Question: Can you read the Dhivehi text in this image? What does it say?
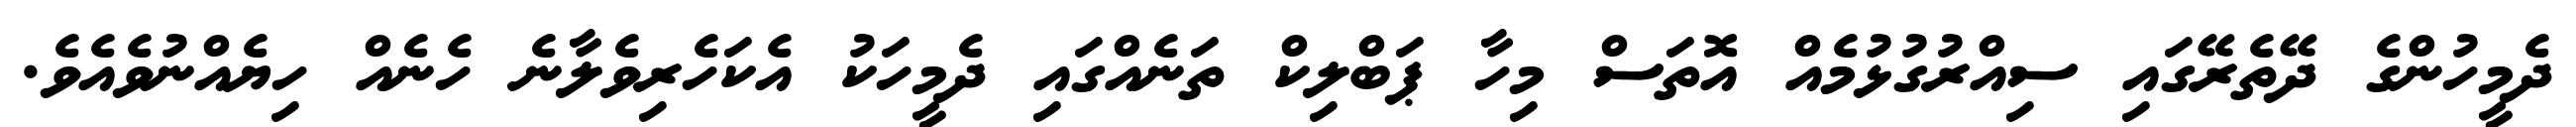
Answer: ދެމީހުންގެ ދޭތެރޭގައި ސިއްރުގުޅުމެއް އޮތަސް މިހާ ޕަބްލިކް ތަނެއްގައި ދެމީހަކު އެކަހެރިވެލާނެ ހެނެއް ހިޔެއްނުވެއެވެ.